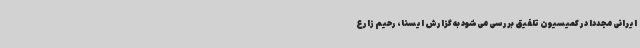
ایرانی مجددا در کمیسیون‌ تلفیق بررسی می‌شود به گزارش ایسنا، رحیم زارع